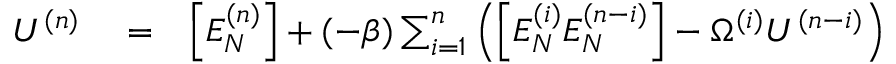
\begin{array} { r l r } { U ^ { ( n ) } } & { { } = } & { \left[ { E _ { N } ^ { ( n ) } } \right] + ( - \beta ) \sum _ { i = 1 } ^ { n } \left( \left[ E _ { N } ^ { ( i ) } E _ { N } ^ { ( n - i ) } \right] - \Omega ^ { ( i ) } U ^ { ( n - i ) } \right) } \end{array}